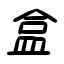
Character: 盒